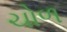
ચોળ